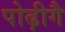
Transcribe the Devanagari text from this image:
पोढ़ीगै